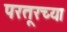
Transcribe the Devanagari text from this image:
परतूरच्या